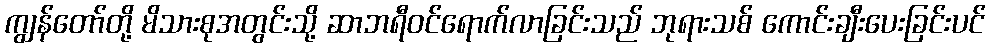
ကျွန်တော်တို့ မိသားစုအတွင်းသို့ ဆာဘရီဝင်ရောက်လာခြင်းသည် ဘုရားသစ် ကောင်းချီးပေးခြင်းပင်